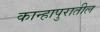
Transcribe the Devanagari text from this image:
कान्हापुरातील